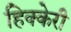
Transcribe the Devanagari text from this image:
हिक्केरी